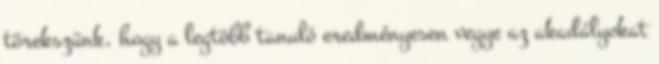
törekszünk, hogy a legtöbb tanuló eredményesen vegye az akadályokat